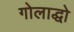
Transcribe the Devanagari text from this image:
गोलाद्धो